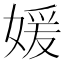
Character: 媛